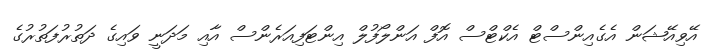
އޭވިއޭޝަން އެގެއިންސްޓް އެކްޓްސް އޮފް އަންލޯފުލް އިންޓަފިއަރެންސް އާއި މަދަނީ ވައިގެ ދަތުރުފަތުރުގެ